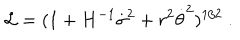
{ \cal L } = ( 1 + H ^ { - 1 } \dot { \sigma } ^ { 2 } + r ^ { 2 } \dot { \theta } ^ { 2 } ) ^ { 1 / 2 } \ .